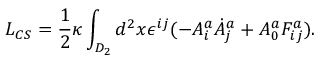
L _ { C S } = \frac { 1 } { 2 } \kappa \int _ { D _ { 2 } } d ^ { 2 } x \epsilon ^ { i j } ( - A _ { i } ^ { a } \dot { A } _ { j } ^ { a } + A _ { 0 } ^ { a } F _ { i j } ^ { a } ) .